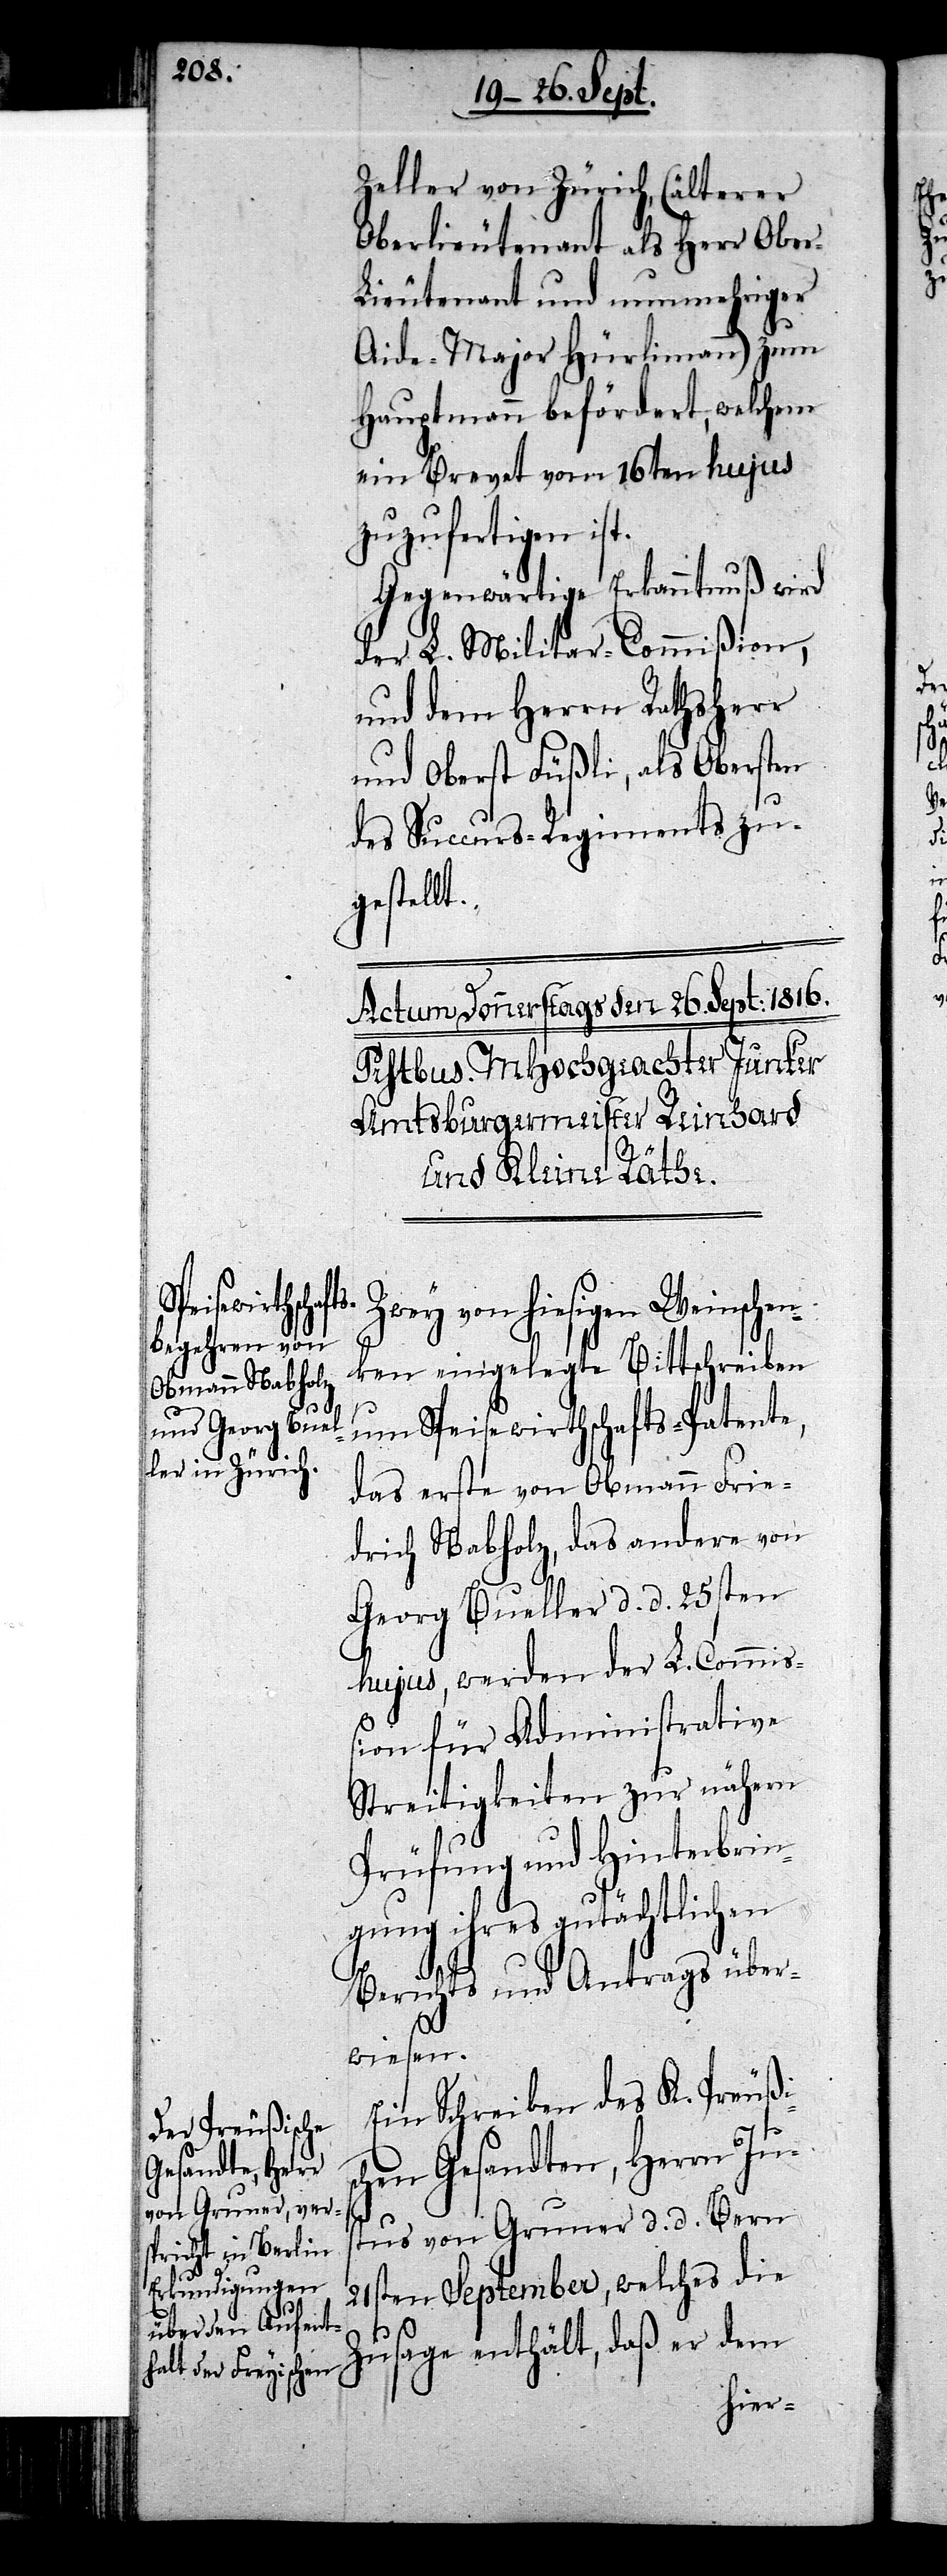
Zeller von Zürich (älterer
Oberlieutenant als Herr Ober-L¬
ieutenant und nunmehriger
Aide-Major Hürlimann) zum
Hauptmann befördert, welchem
ein Brevet vom 16ten hujus
zuzufertigen ist.
Gegenwärtige Erkanntnuß wird
der L. Militar-Commißion,
und dem Herrn Rathsherr
und Oberst Füßli, als Obersten
des Succurs-Regiments zu¬
gestellt.
Zwey von hiesigen Weinschen¬
ken eingelegte Bittschreiben
um Speisewirthschafts-Patente,
das erste von Obmann Frie¬
drich Nabholz, das andere von
Georg Bueller d. d. 25sten
hujus , werden der L. Commiß¬
ion für Administrative
Streitigkeiten zur nähern
Prüfung und Hinterbrin¬
gung ihres gutächtlichen
Berichts und Antrags über¬
wiesen.
Ein Schreiben des K. Preußis¬
chen Gesandten, Herrn Ju¬
stus von Gruner d. d. Bern
21sten September, welches die
Zusage enthält, daß er dem